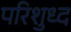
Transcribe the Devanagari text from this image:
परिशुध्द